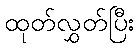
ထုတ်လွှတ်ပြီး